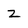
Character: z